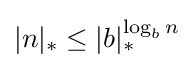
|n|_{*}\leq |b|_{*}^{\log _{b}n}